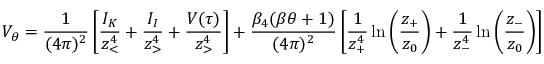
V _ { \theta } = { \frac { 1 } { ( 4 \pi ) ^ { 2 } } } \left[ { \frac { { \cal I } _ { K } } { z _ { < } ^ { 4 } } } + { \frac { { \cal I } _ { I } } { z _ { > } ^ { 4 } } } + { \frac { { \cal V } ( \tau ) } { z _ { > } ^ { 4 } } } \right] + { \frac { \beta _ { 4 } ( \beta \theta + 1 ) } { ( 4 \pi ) ^ { 2 } } } \left[ { \frac { 1 } { z _ { + } ^ { 4 } } } \ln \left( { \frac { z _ { + } } { z _ { 0 } } } \right) + { \frac { 1 } { z _ { - } ^ { 4 } } } \ln \left( { \frac { z _ { - } } { z _ { 0 } } } \right) \right]